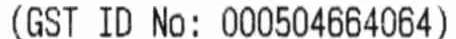
(GST ID NO: 000504664064)